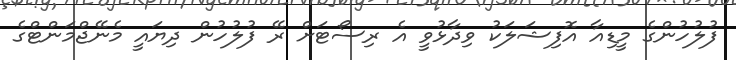
ފުލުހުންގެ މީޑިއާ އޮފިޝަލަކު ވިދާޅުވީ އެ ރިސޯޓަށް ރޭ ފުލުހުން ދިޔައީ މެނޭޖްމަންޓްގެ